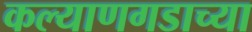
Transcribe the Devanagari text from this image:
कल्याणगडाच्या